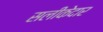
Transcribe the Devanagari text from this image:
सलीकेदार